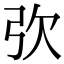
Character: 弞